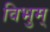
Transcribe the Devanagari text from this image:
विभुम्‌